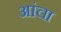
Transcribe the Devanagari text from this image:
आंचा